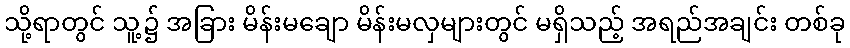
သို့ရာတွင် သူ့၌ အခြား မိန်းမချော မိန်းမလှများတွင် မရှိသည့် အရည်အချင်း တစ်ခု